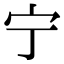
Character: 宁